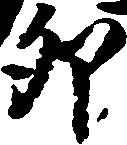
卯